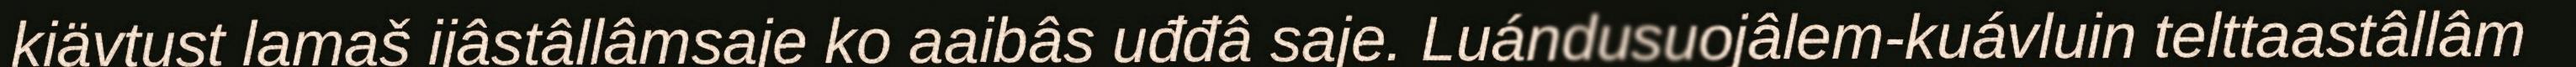
kiävtust lamaš ijâstâllâmsaje ko aaibâs uđđâ saje. Luándusuojâlem-kuávluin telttaastâllâm